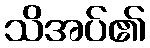
သိအပ်၏